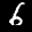
Label: 6